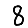
Digit: 8